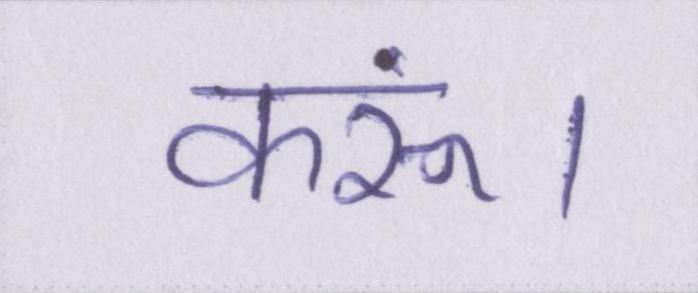
करूं।